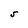
Character: S